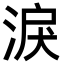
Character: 淚